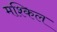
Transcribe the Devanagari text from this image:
मश्किल